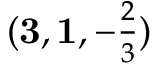
( { \mathbf { 3 } } , \mathbf { 1 } , - \textstyle { \frac { 2 } { 3 } } )